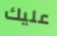
عليك